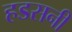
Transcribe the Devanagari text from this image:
हडसनी